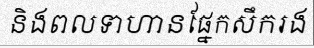
និងពលទាហានផ្នែកសឹករង